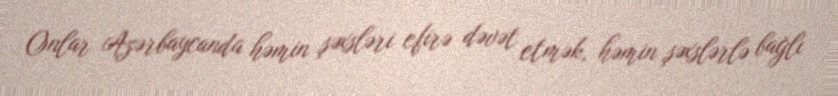
Onlar Azərbaycanda həmin şəxsləri efirə dəvət etmək, həmin şəxslərlə bağlı